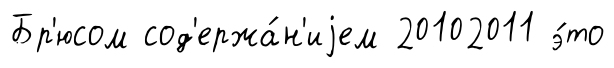
Бр'юсом сод'ержа́н'иjем 20102011 э́то